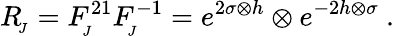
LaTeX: R_{_{\! J}}=F_{_{\! J}}^{21}F_{_{\! J}}^{-1}=e^{2\sigma\otimes h}\otimes e^{-2h\otimes\sigma}~.